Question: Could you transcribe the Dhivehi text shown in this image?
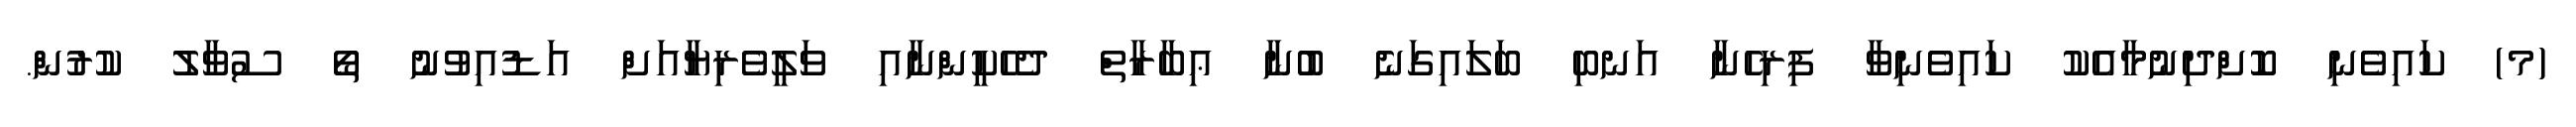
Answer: (މ) ކައިވެނި ކޮށްދިނުމާއެކު ކައިވެނިވާ ފިރިހެނާ އަނބި ބަލައިގަނެ ބުނާ ޢިބާރާތް ދެހެކީންނާއި ވަލީވެރިޔާއަށް އަޑުއިވުނު ތޯ ސުވާލު ކުރުން.